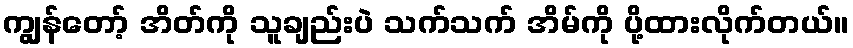
ကျွန်တော့် အိတ်ကို သူချည်းပဲ သက်သက် အိမ်ကို ပို့ထားလိုက်တယ်။